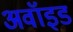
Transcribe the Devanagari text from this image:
अवॉइड